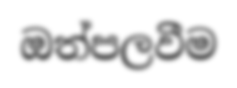
ඔත්පලවීම